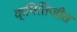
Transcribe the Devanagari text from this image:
क्षितिजीत